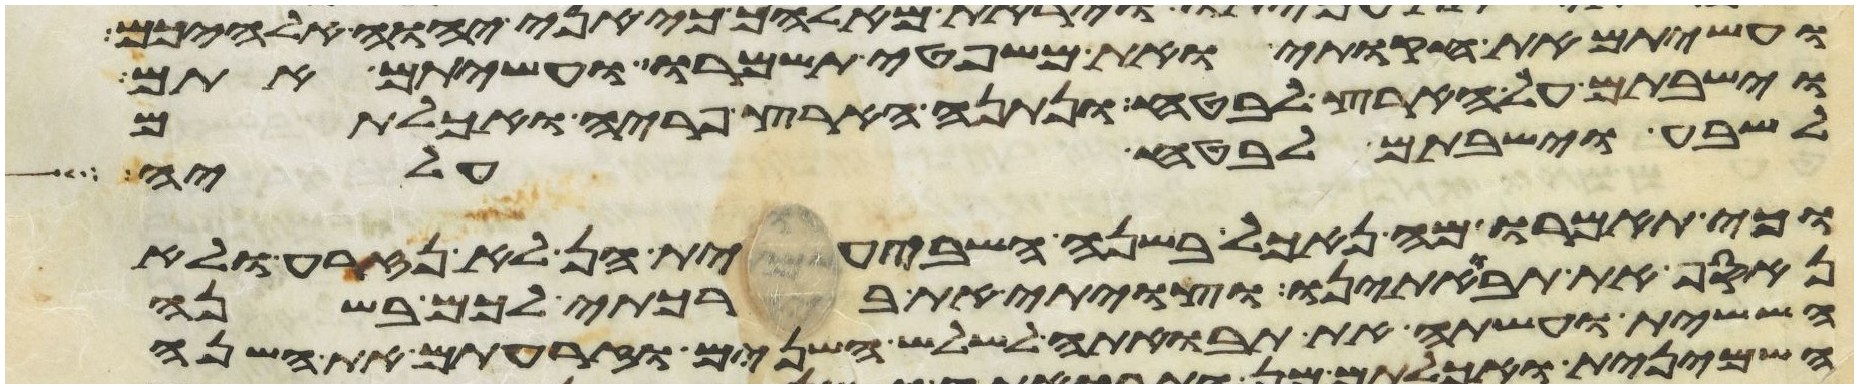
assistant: ועשיתם את חקותי ואת משפטי תשמרו ועשיתם אתם
וישבתם על הארץ לבטח ונתנה הארץ פריה ואכלתם
לשבע וישבתם לבטח עליה
וכי תאמרו מה נאכל בשנה השביעית הן לא נזרע ולא
נאסף את תבואתינו וצויתי את ברכתי לכם בשנה
הששית ועשתה את תבואתה לשלש השנים וזרעתם את השנה